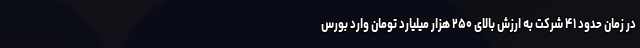
در زمان حدود ۴۱ شرکت به ارزش بالای ۲۵۰ هزار میلیارد تومان وارد بورس